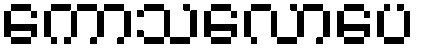
ကောသလောပေ